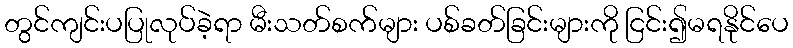
တွင်ကျင်းပပြုလုပ်ခဲ့ရာ မီးသတ်စက်များ ပစ်ခတ်ခြင်းများကို ငြင်း၍မရနိုင်ပေ